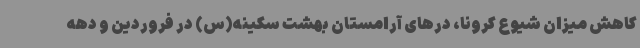
کاهش میزان شیوع کرونا، درهای آرامستان بهشت سکینه(س) در فروردین و دهه